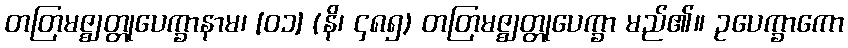
တတြမဇ္ဈတ္တုပေက္ခာနာမ၊ [၀၁] (နိ၊ ၄၈၅) တတြမဇ္ဈတ္တုပေက္ခာ မည်၏။ ဥပေက္ခာကော